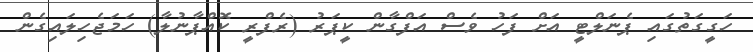
ހަގީގަތުގައި ޕެނަލްޓީ އަށް ފަހު ވެސް އަފްގާން ކީޕަރު (ރެފްރީ ކޮއްޕާނުލާ) ހަމަޖެހިލައިގެން